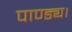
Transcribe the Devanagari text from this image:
पाण्ड्य।